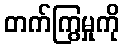
တက်ကြွမှုကို